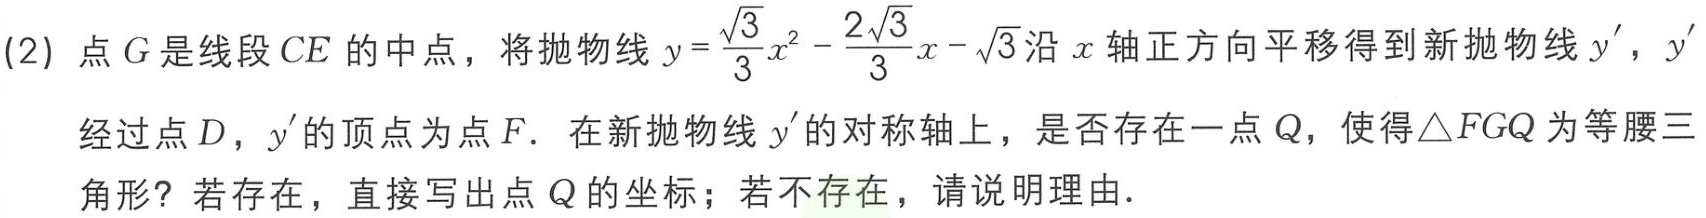
(2) 点\(G\)是线段\(CE\)的中点，将抛物线\(y = \frac{\sqrt{3}}{3}x^{2}-\frac{2\sqrt{3}}{3}x - \sqrt{3}\)沿\(x\)轴正方向平移得到新抛物线\(y'\)，\(y'\)
经过点\(D\)，\(y'\)的顶点为点\(F\)．在新抛物线\(y'\)的对称轴上，是否存在一点\(Q\)，使得\(\triangle FGQ\)为等腰三角形？若存在，直接写出点\(Q\)的坐标；若不存在，请说明理由．